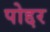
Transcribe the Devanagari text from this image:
पोद्दर